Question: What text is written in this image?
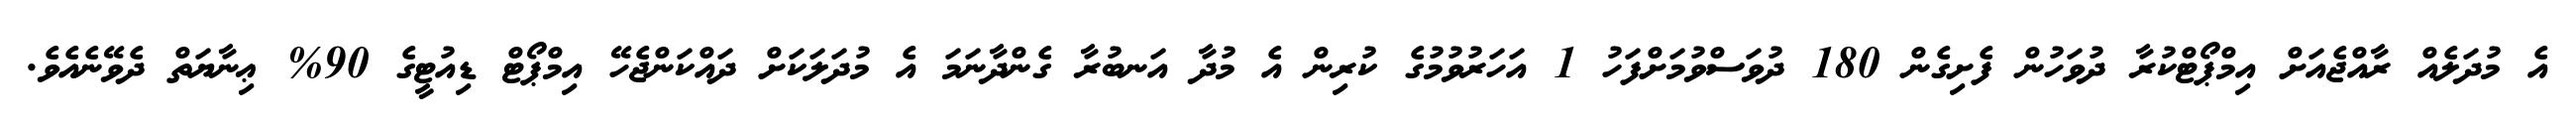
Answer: އެ މުދަލެއް ރާއްޖެއަށް އިމްޕޯޓްކުރާ ދުވަހުން ފެށިގެން 180 ދުވަސްވުމަށްފަހު 1 އަހަރުވުމުގެ ކުރިން އެ މުދާ އަނބުރާ ގެންދާނަމަ އެ މުދަލަކަށް ދައްކަންޖެހޭ އިމްޕޯޓް ޑިއުޓީގެ 90% ޢިނާޔަތް ދެވޭނެއެވެ.